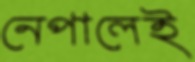
নেপালেই